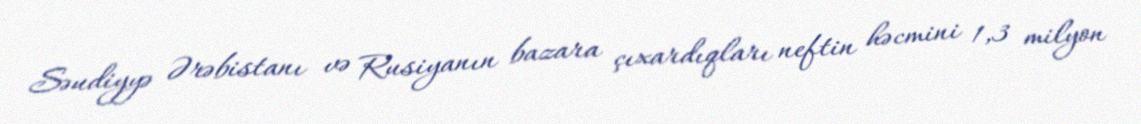
Səudiyyə Ərəbistanı və Rusiyanın bazara çıxardıqları neftin həcmini 1,3 milyon